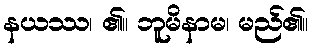
နယဿ၊ ၏။ ဘူမိနာမ၊ မည်၏။